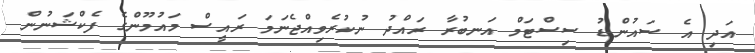
އަދި އެ ސައުންޑު ސިސްޓަމް އަނބުރާ ރައްދު ނުކުރެވިއްޖެނަމަ ރައީސް މައުމޫންގެ ފެކްޝަނުން